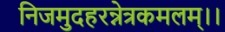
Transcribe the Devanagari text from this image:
निजमुदहरन्नेत्रकमलम्।।